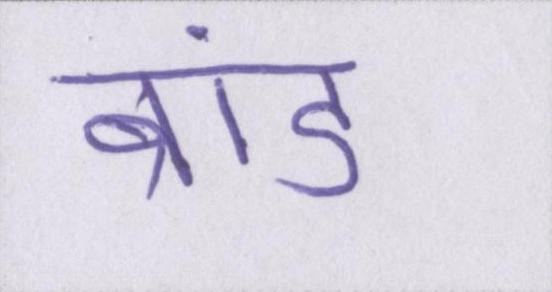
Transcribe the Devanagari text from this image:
ब्रांड